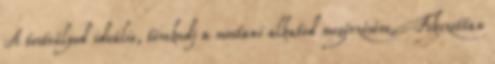
A testsúlyod ideális, törekedj a mostani alkatod megőrzésére. Fokozottan